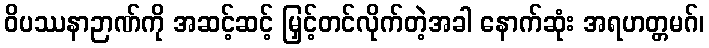
ဝိပဿနာဉာဏ်ကို အဆင့်ဆင့် မြှင့်တင်လိုက်တဲ့အခါ နောက်ဆုံး အရဟတ္တမဂ်၊